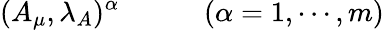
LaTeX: (A_{\mu},\lambda_{A})^{\alpha}\qquad\quad(\alpha=1,\cdots,m)